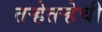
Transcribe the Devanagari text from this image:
तर्‍हेतर्‍हेची